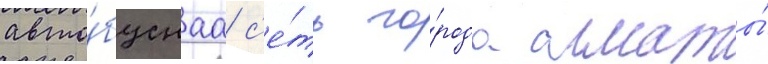
авто́буснаа с'е́ть го́рода алматы́